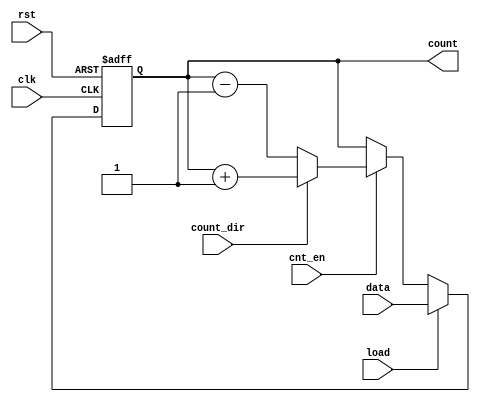
module async_load_counter #(
    parameter N = 8 // Width of the counter
)(
    input wire clk,            // Clock signal
    input wire load,          // Load signal (active high)
    input wire [N-1:0] data,  // Data input for loading
    input wire cnt_en,        // Enable signal for counting
    input wire count_dir,     // Count direction (0 for down, 1 for up)
    input wire rst,           // Reset signal (active high)
    output reg [N-1:0] count  // Current count value
);

    always @(posedge clk or posedge rst) begin
        if (rst) begin
            count <= 0; // Reset the counter to 0
        end else if (load) begin
            count <= data; // Load data asynchronously
        end else if (cnt_en) begin
            if (count_dir) begin
                count <= count + 1; // Count up
            end else begin
                count <= count - 1; // Count down
            end
        end
    end

endmodule